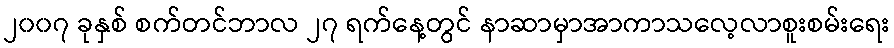
၂၀၀၇ ခုနှစ် စက်တင်ဘာလ ၂၇ ရက်နေ့တွင် နာဆာမှာအာကာသလေ့လာစူးစမ်းရေး